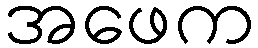
အဖေက